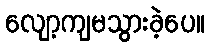
လျော့ကျမသွားခဲ့ပေ။